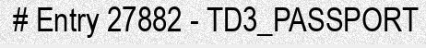
# Entry 27882 - TD3_PASSPORT